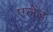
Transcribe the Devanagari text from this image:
एलेंड